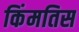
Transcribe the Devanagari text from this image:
किंमतिस